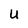
Character: U